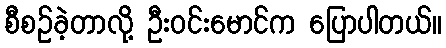
စီစဉ်ခဲ့တာလို့ ဦးဝင်းမောင်က ပြောပါတယ်။